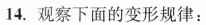
14.观察下面的变形规律：